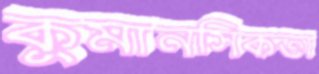
কুমানসিকতা